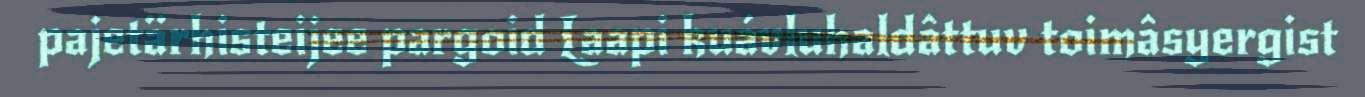
pajetärhisteijee pargoid Laapi kuávluhaldâttuv toimâsyergist